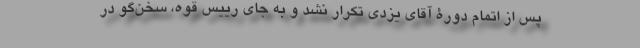
پس از اتمام دورۀ آقای یزدی تکرار نشد و به جای رییس قوه، سخن‌گو در